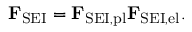
\mathbf { F } _ { \mathrm { S E I } } = \mathbf { F } _ { \mathrm { S E I , p l } } \mathbf { F } _ { \mathrm { S E I , e l } } .